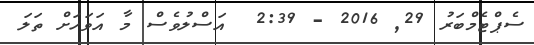
ސެޕްޓެމްބަރު 29